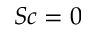
S c = 0